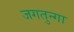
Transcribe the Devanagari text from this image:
जगतुन्गा